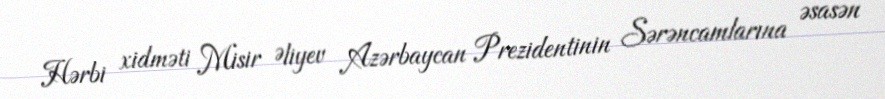
Hərbi xidməti Misir Əliyev Azərbaycan Prezidentinin Sərəncamlarına əsasən